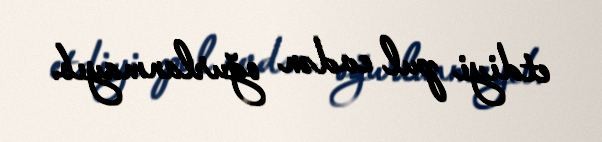
etdiyi pul evdən oğurlanmayıb.